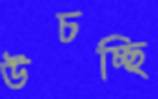
উচচ্ছি